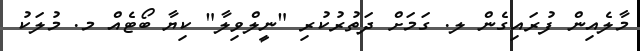
މާލެއިން ފުރައިގެން ލ. ގަމަށް ދަތުރުކުރި "ނީލްވިލާ" ކިޔާ ބޯޓެއް މ. މުލަކު